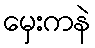
မှေးကနဲ